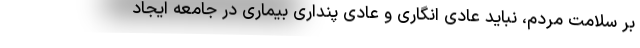
بر سلامت مردم، نباید عادی انگاری و عادی پنداری بیماری در جامعه ایجاد